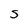
Character: S